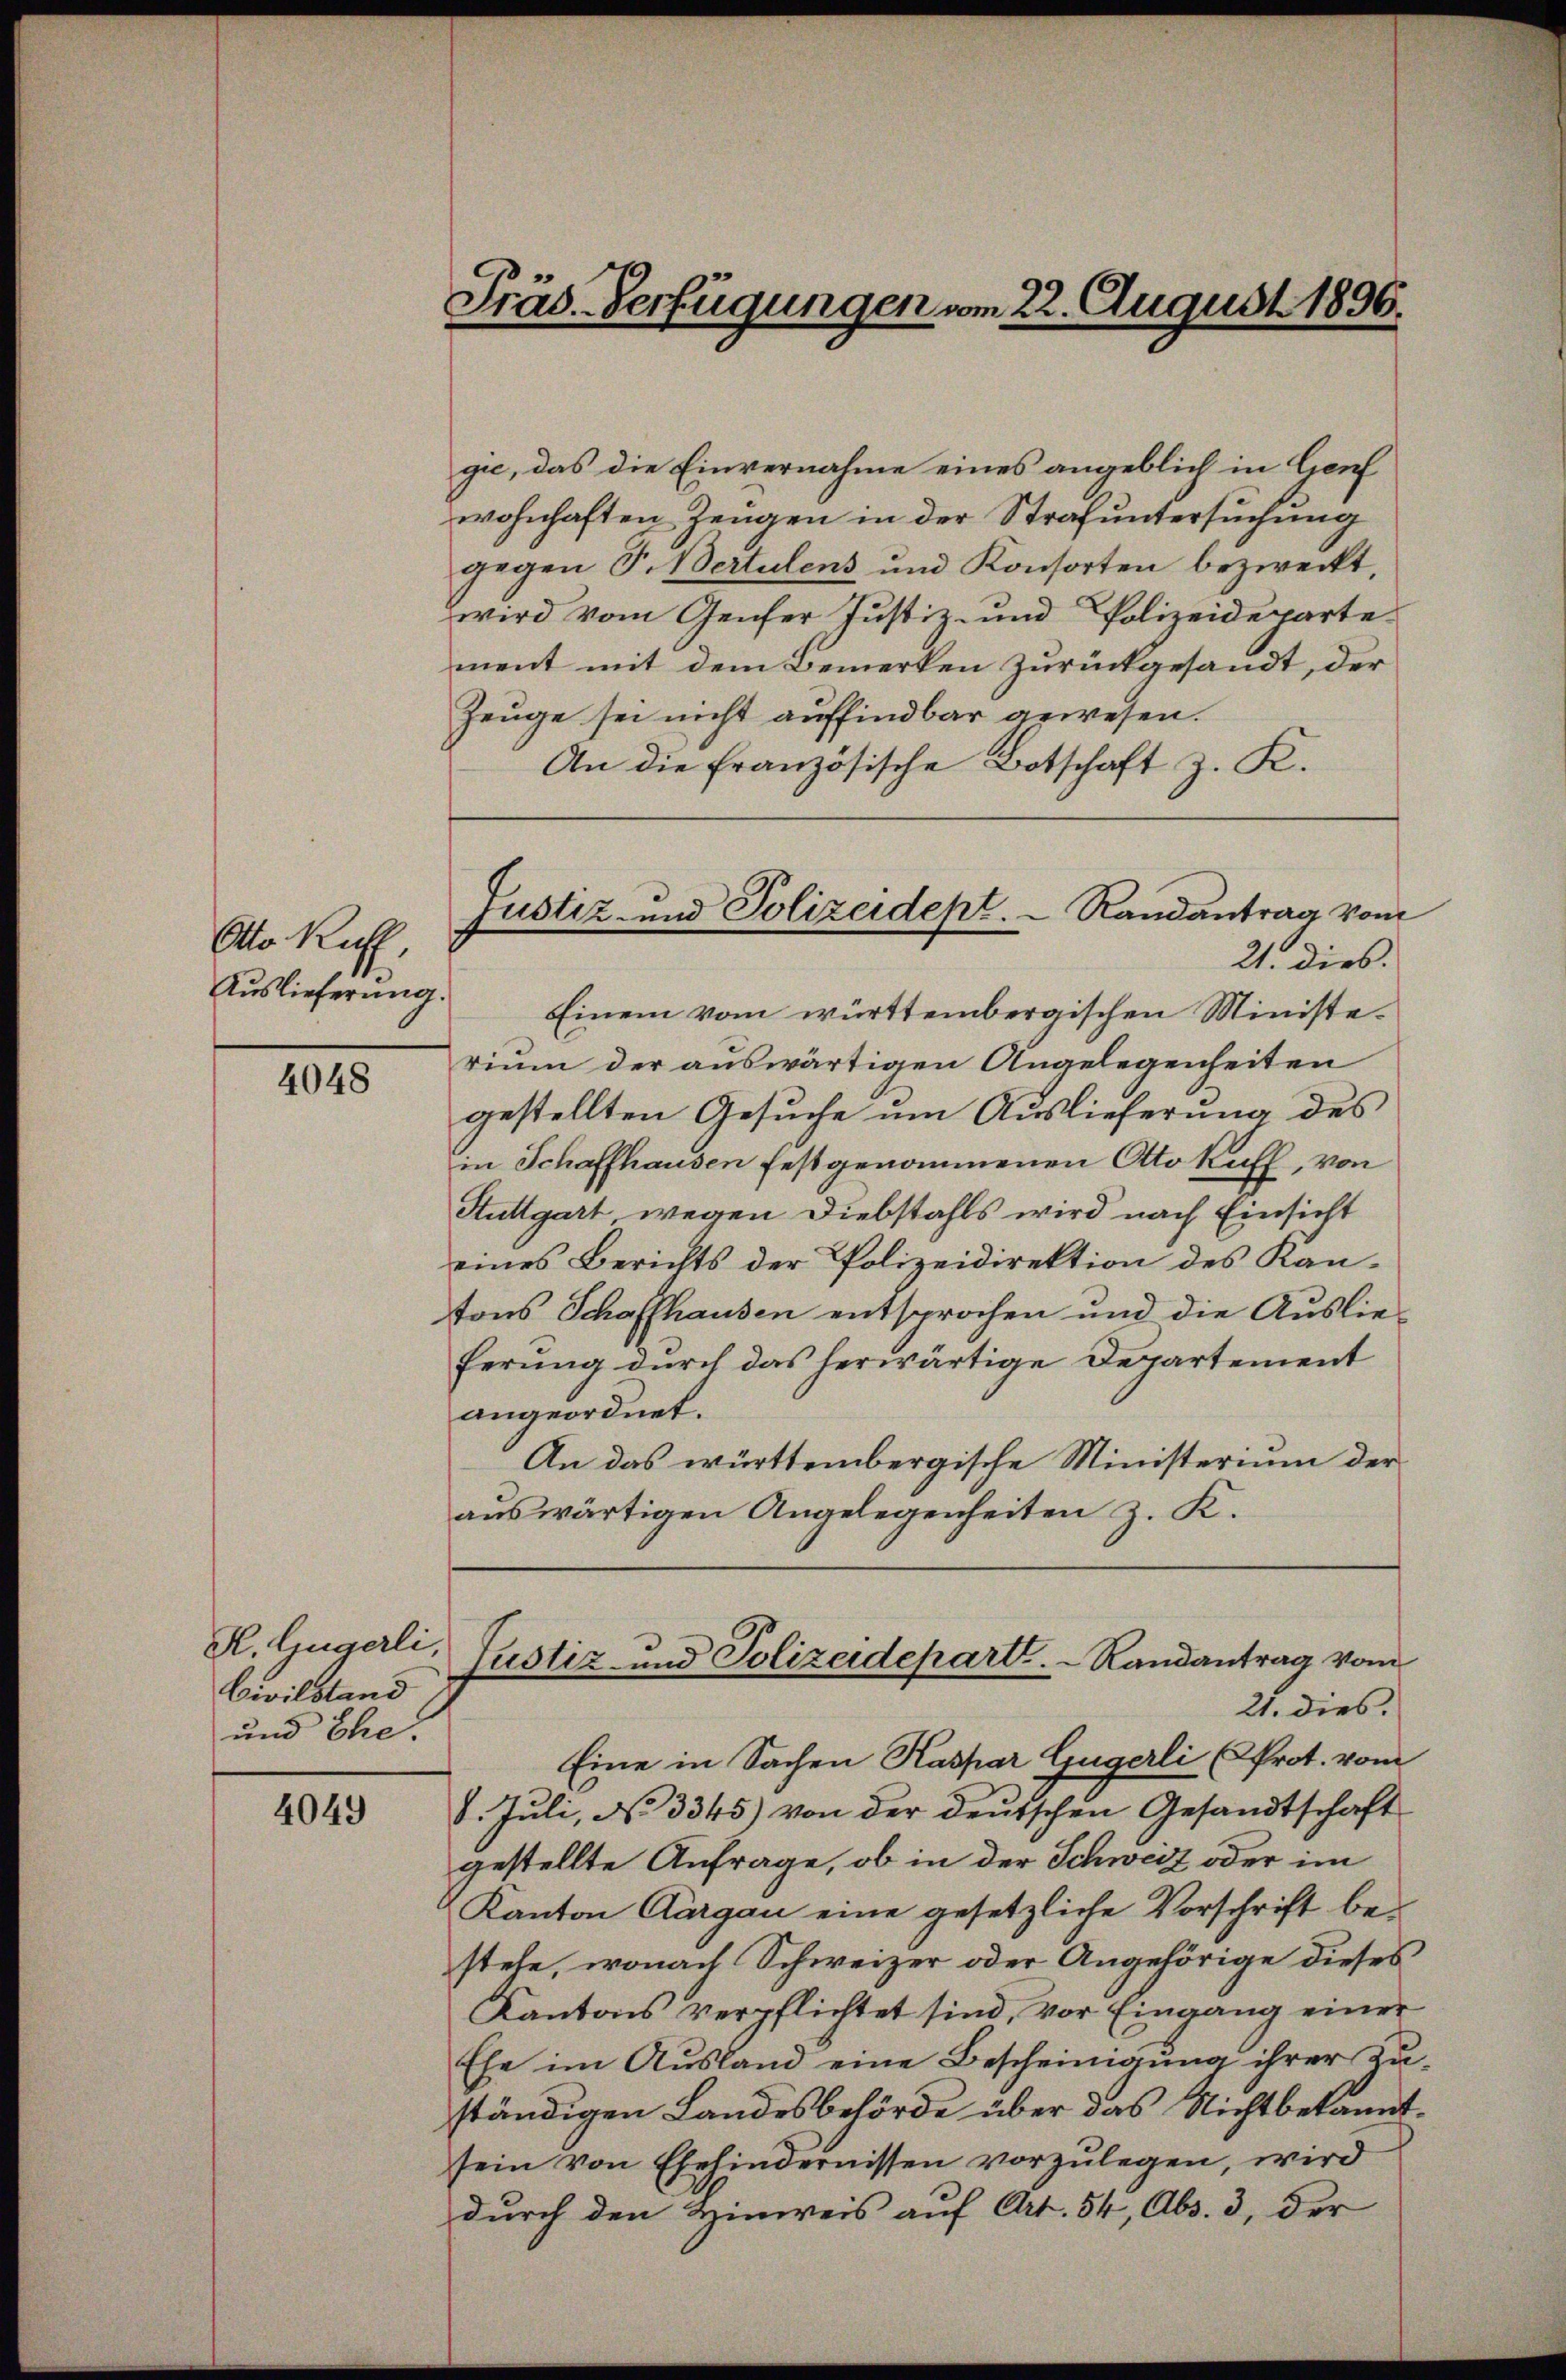
Otto Ruh,
Auslieferung.

4048

K. lingerli,
Civilstand
und Ehe.

4049

Präs. Verfügungen am 22. August 1896.

Justiz- und Polizeidept. Randantrag vom

gie, das die Einvernahme eines angeblich in Lienf
wohnhaften Zeugen in der Strafuntersuchung
gegen P. Bertulens und Konsorten bezweckt,
wird vom Genfer Justiz- und Polizeidepartement mit dem Bemerken zurückgesandt, der
Zeuge sei nicht auffindbar gewesen.
An die französische Botschaft z. K.
21. dies.
Einem vom württembergischen Ministerium der auswärtigen Angelegenheiten
gestellten Gesuche um Auslieferung des
in Schaffhausen festgenommenen Ottokuff, von
Stuttgart, wegen Diebstahls wird nach Einsicht
eines Berichts der Polizeidirektion des Kantons Schaffhausen entsprochen und die Auslieferung durch das herwärtige Departement
angeordnet.
An das württembergische Ministerium der
auswärtigen Angelegenheiten z. K.
Justiz und Polizeidepart.   Randantrag vom
21. dies.
Eine in Sachen Kaspar Gugerli (Prot. vom
8. Juli, No 3345) von der deutschen Gesandtschaft
gestellte Anfrage, ob in der Schweiz oder im
Kanton Aargau eine gesetzliche Vorschrift bestehe, wonach Schweizer oder Angehörige dieses
Kantons verpflichtet sind, vor Eingang einer
Ehe im Ausland eine Bescheinigung ihrer Zuständigen Landesbehörde über das Nichtbekanntsein von Ehehindernissen vorzulegen, wird
durch den Hinweis auf Art. 54, Abs. 3, der